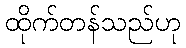
ထိုက်တန်သည်ဟု